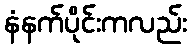
နံနက်ပိုင်းကလည်း